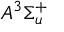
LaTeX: A ^ { 3 } \Sigma _ { u } ^ { + }